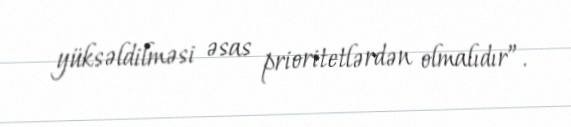
yüksəldilməsi əsas prioritetlərdən olmalıdır”.